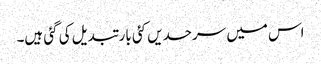
اس میں سرحدیں کئی بار تبدیل کی گئی ہیں۔